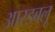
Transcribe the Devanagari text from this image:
आरडबलू